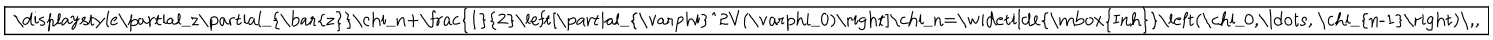
\fbox { \displaystyle \partial _ { z } \partial _ { \bar { z } } \chi _ { n } + \frac { 1 } { 2 } \left[ \partial _ { \varphi } ^ { 2 } V ( \varphi _ { 0 } ) \right] \chi _ { n } = \widetilde { \mathrm { I n h } } \left( \chi _ { 0 } , \ldots , \chi _ { n - 1 } \right) \, , }